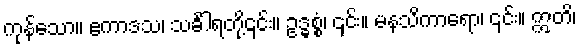
ကုန်သော။ ဧကာဒသ၊ သင်္ခါရတို့၎င်း။ ဥဒ္ဓစ္စံ၊ ၎င်း။ မနသိကာရော၊ ၎င်း။ ဣတိ၊